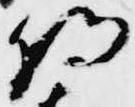
将